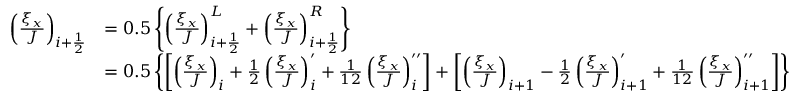
\begin{array} { r l } { \left( \frac { \xi _ { x } } { J } \right) _ { i + \frac { 1 } { 2 } } } & { = 0 . 5 \left\{ \left( \frac { \xi _ { x } } { J } \right) _ { i + \frac { 1 } { 2 } } ^ { L } + \left( \frac { \xi _ { x } } { J } \right) _ { i + \frac { 1 } { 2 } } ^ { R } \right\} } \\ & { = 0 . 5 \left\{ \left[ \left( \frac { \xi _ { x } } { J } \right) _ { i } + \frac { 1 } { 2 } \left( \frac { \xi _ { x } } { J } \right) _ { i } ^ { \prime } + \frac { 1 } { 1 2 } \left( \frac { \xi _ { x } } { J } \right) _ { i } ^ { \prime \prime } \right] + \left[ \left( \frac { \xi _ { x } } { J } \right) _ { i + 1 } - \frac { 1 } { 2 } \left( \frac { \xi _ { x } } { J } \right) _ { i + 1 } ^ { \prime } + \frac { 1 } { 1 2 } \left( \frac { \xi _ { x } } { J } \right) _ { i + 1 } ^ { \prime \prime } \right] \right\} } \end{array}